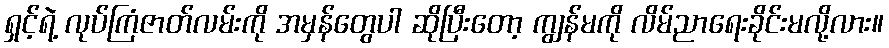
ရှင့်ရဲ့ လုပ်ကြံဇာတ်လမ်းကို အမှန်တွေပါ ဆိုပြီးတော့ ကျွန်မကို လိမ်ညာရေးခိုင်းမလို့လား။